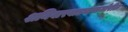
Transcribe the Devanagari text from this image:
शनिवारवाड्यासमोरील